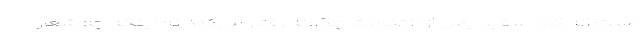
است که کاخ سفید پس از انتخابات چگونه رفتار می‌کند نه اینکه چه شعار